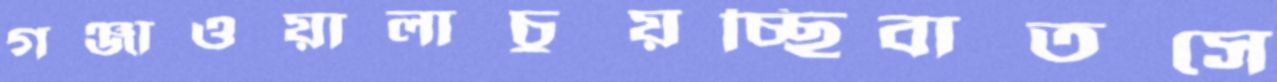
গঞ্জাওয়ালাচুয়চ্ছিবাতসে